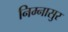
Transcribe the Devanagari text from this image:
निम्नासुर